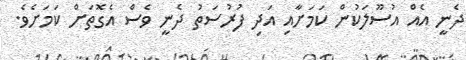
ދެނީ އެއް އުސޫލަކުން ކަމަށާއި އަދި ފުރުސަތު ދެނީ ވެސް އެގޮތަށް ކަމަށެވެ.